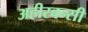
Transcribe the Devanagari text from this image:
अहीरबन्सी